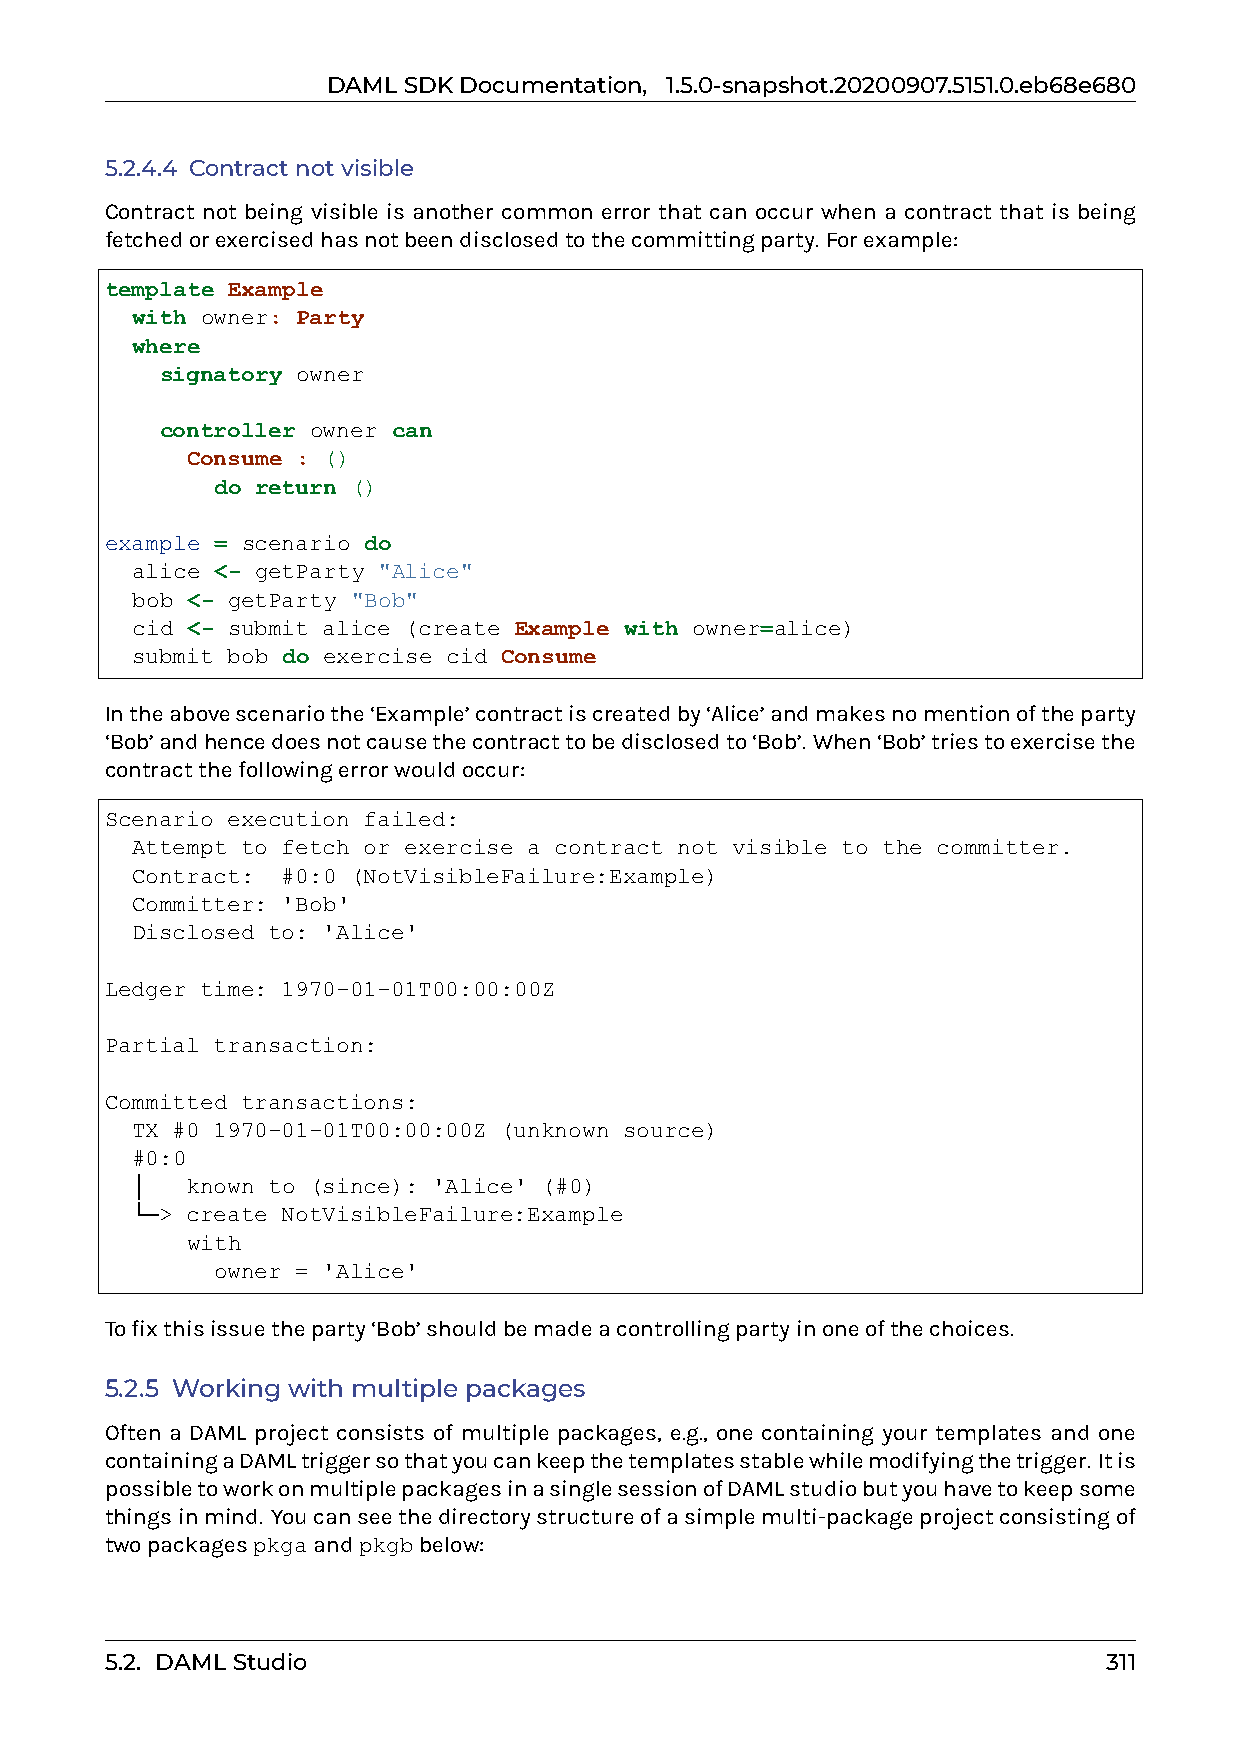
DAMLSDKDocumentation, 1.5.0-snapshot.20200907.5151.0.eb68e680
 5.2.4.4 Contractnotvisible
 Contract not being visible is another common error that can occur when a contract that is being
 fetchedorexercisedhasnotbeendisclosedtothecommittingparty. Forexample:
 template Example
 with owner: Party
 where
 signatory owner
 controller owner can
 Consume : ()
 do return ()
 example = scenario do
 alice <- getParty "Alice"
 bob <- getParty "Bob"
 cid <- submit alice (create Example with owner=alice)
 submit bob do exercise cid Consume
 Intheabovescenariothe‘Example’contractiscreatedby‘Alice’andmakesnomentionoftheparty
 ‘Bob’andhencedoesnotcausethecontracttobedisclosedto‘Bob’. When‘Bob’triestoexercisethe
 contractthefollowingerrorwouldoccur:
 Scenario execution failed:
 Attempt to fetch or exercise a contract not visible to the committer.
 Contract: #0:0 (NotVisibleFailure:Example)
 Committer: 'Bob'
 Disclosed to: 'Alice'
 Ledger time: 1970-01-01T00:00:00Z
 Partial transaction:
 Committed transactions:
 TX #0 1970-01-01T00:00:00Z (unknown source)
 #0:0
 │  known to (since): 'Alice' (#0)
 └─> create NotVisibleFailure:Example
 with
 owner = 'Alice'
 Tofixthisissuetheparty‘Bob’shouldbemadeacontrollingpartyinoneofthechoices.
 5.2.5 Working with multiple packages
 Often a DAML project consists of multiple packages, e.g., one containing your templates and one
 containingaDAMLtriggersothatyoucankeepthetemplatesstablewhilemodifyingthetrigger. Itis
 possibletoworkonmultiplepackagesinasinglesessionofDAMLstudiobutyouhavetokeepsome
 thingsinmind. Youcanseethedirectorystructureofasimplemulti-packageprojectconsistingof
 twopackagespkgaandpkgbbelow:
 5.2. DAMLStudio                                                   311